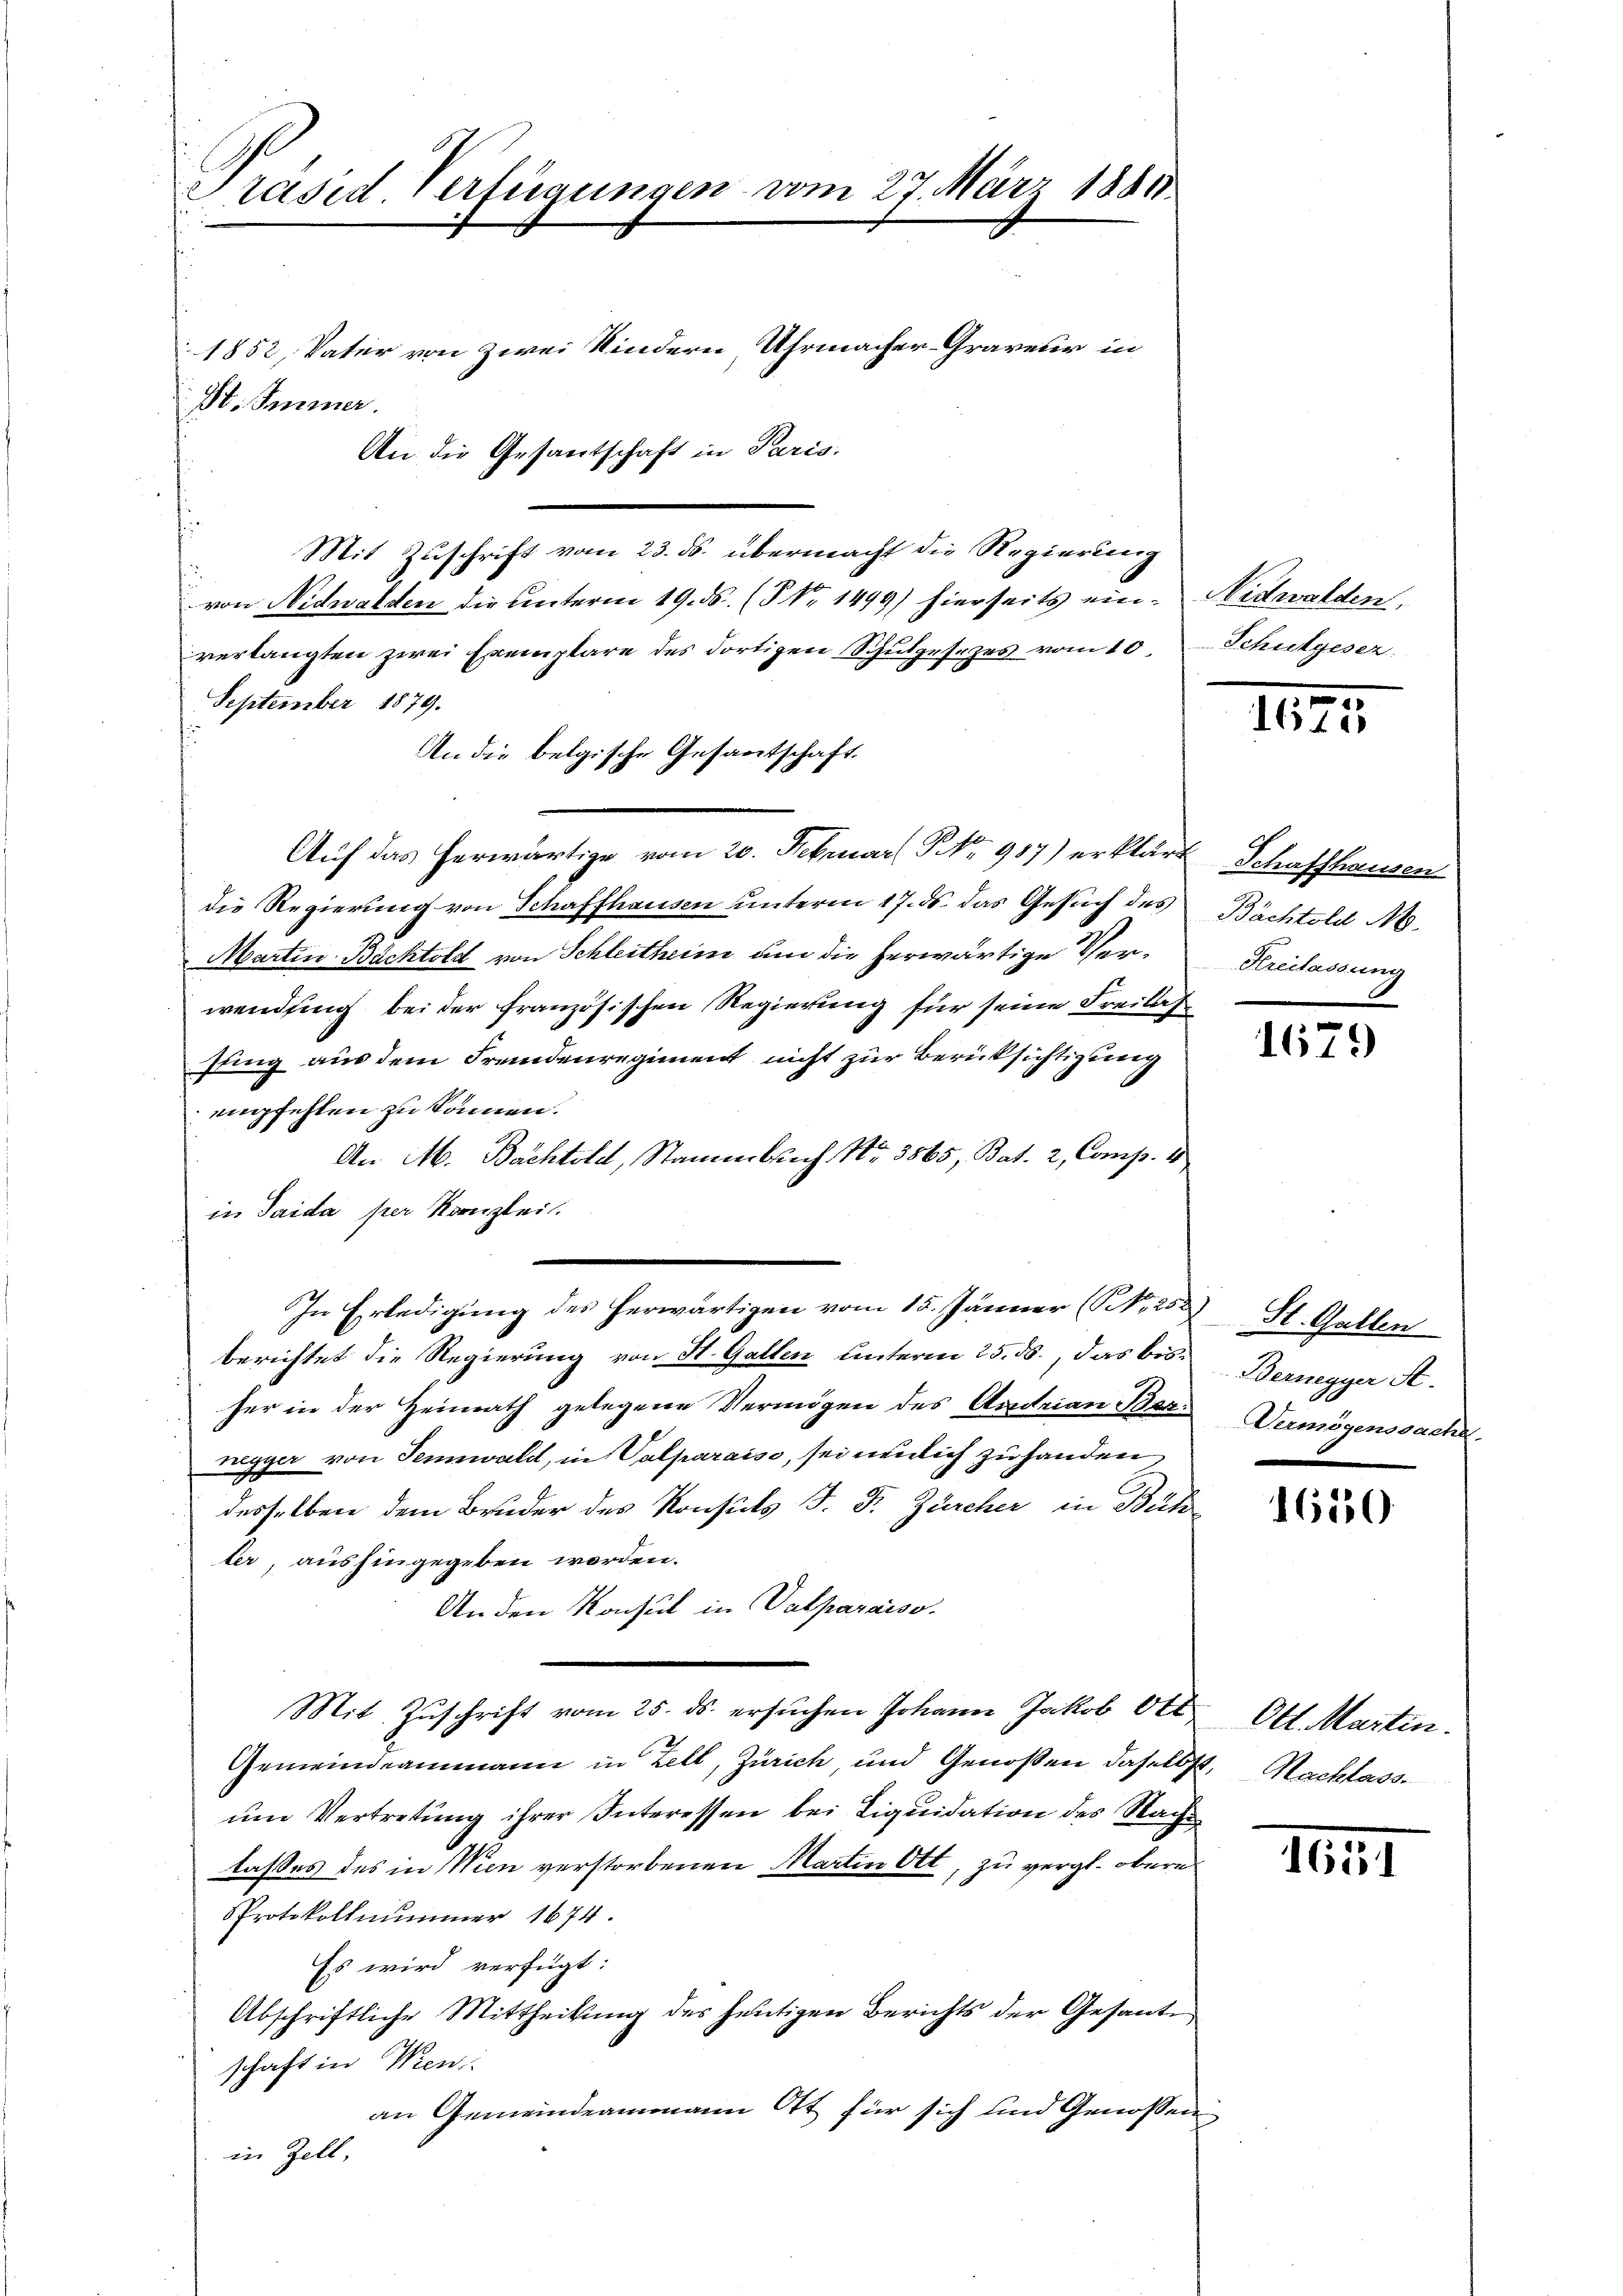
Präsid. Verfügungen vom 27. März 1881.
1852, Vater von zwei Kindern, Uhrmacher-Graveur in
St. Immer.
An die Gesantschaft in Paris.

Mit Zuschrift vom 23. ds. übermacht die Regierung
.
von Nidwalden die unterm 19. ds. (§ Nr 1499) hierseits ein. Nidwalden,
verlangten zwei Exemplare des dortigen Schulgesezes vom 10.
September 1879.
An die belgische Gesandtschaft.
Auf das herwärtige vom 20. Februar No. 987) erklärt Schaffhausen
die Regierung von Schaffhausen unterm 17. ds. das Gesuch des
Martin Bächtold von Schleitheim um die herwärtige Verwendung bei der französischen Regierung für seine Freilas
sling aus dem Fremdenregiment nicht zur Berücksichtigung
empfehlen zu können.
An M. Bachtold, Stammbach No. 3865, Bat. 2, Comp. 1
in Taida per Kanzlei.
In Erledigung des herwärtigen vom 15. Jänner (NNo. 252 St. Gallen
berichtet die Regierung von St. Gallen unterm 25. ds., das bisher in der Heimath gelegene Vermögen des Andrian Berrugyer von Sennwald, in Valparaiso, sei neulich zu handen
desselben dem Bruder des Konsuls J. J. Zürcher in Büh
ter, aushingegeben werden.
An den Konsul in Valparaiso
Mit Zŭschrift vom 25. ds. ersŭchen Johann Jakob Ott
Gemeindeammann in Zell, Zürich, und Genoßen daselbst. Nachlass
ŭm Vertretung ihrer Interessen bei Liquidation des Nach
lasses des in Wien verstorbenen Martin Ott, zu vergl. obern
Protokoll nummer 1674.
Es wird verfügt:
Abschriftliche Mittheilung des heutigen Berichts der Gesante
schaft in Wien
an Gemeindeammann Ott für sich und Genossen
in Zell,

Schulgeser

1675

Bächtold N.
Kreilassung

1679

Bernegger A.
Vermögenssache.

16550

Ott. Martin.

.